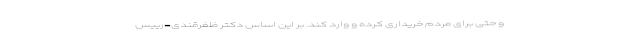
و حتی برای مردم خریداری کرده و وارد کند. بر این اساس دکتر ظفرقندی-رییس